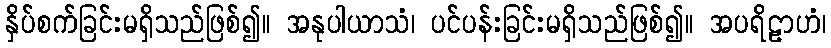
နှိပ်စက်ခြင်းမရှိသည်ဖြစ်၍။ အနုပါယာသံ၊ ပင်ပန်းခြင်းမရှိသည်ဖြစ်၍။ အပရိဠာဟံ၊